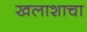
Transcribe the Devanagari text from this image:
खलाशाचा